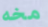
مخه